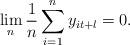
LaTeX: \begin{align*}\lim_n \frac1n\sum_{i=1}^n y_{it+l} = 0.\end{align*}